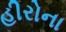
હીરોના